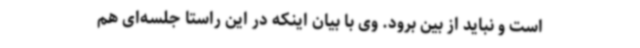
است و ‌نباید از بین برود. وی با بیان اینکه در این راستا جلسه‌ای هم